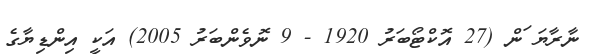
ނާރާޔަޱަން (27 އޮކްޓޯބަރު 1920 - 9 ނޮވެންބަރު 2005) އަކީ އިންޑިޔާގެ